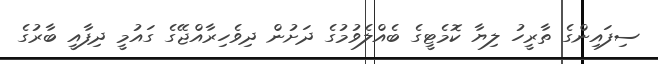
ސިފައިންގެ ތާރީހު ލިޔާ ކޮމެޓީގެ ބެއްލެވުމުގެ ދަށުން ދިވެހިރާއްޖޭގެ ގައުމީ ދިފާއީ ބާރުގެ